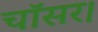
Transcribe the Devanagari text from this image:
चॉसर।